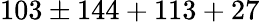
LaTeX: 103\pm 144+113+27